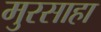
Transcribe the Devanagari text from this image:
मुरसाहा